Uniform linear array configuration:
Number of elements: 64
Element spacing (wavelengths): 0.5
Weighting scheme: hann
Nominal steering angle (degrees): -60
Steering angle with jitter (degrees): -58.939
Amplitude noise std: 0.05
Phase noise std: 0.05

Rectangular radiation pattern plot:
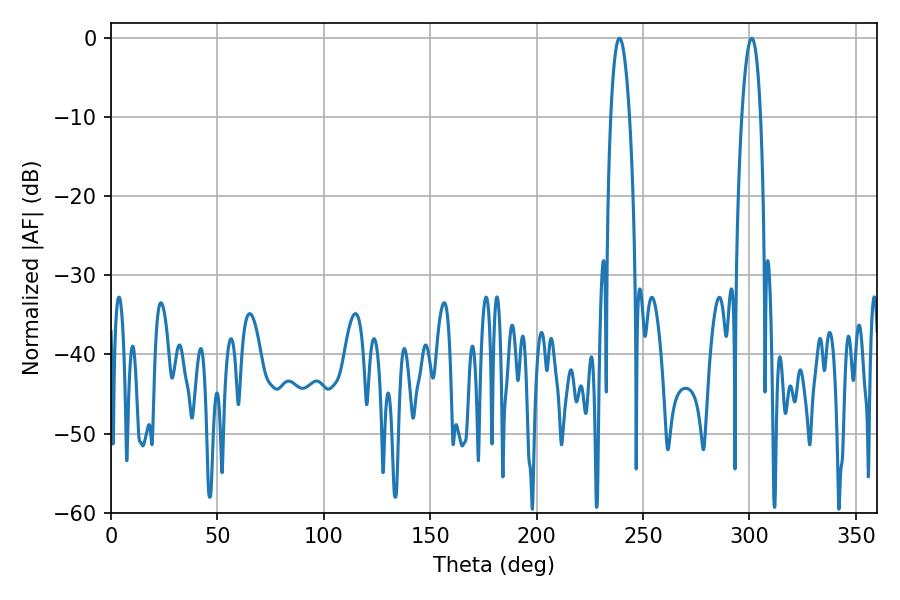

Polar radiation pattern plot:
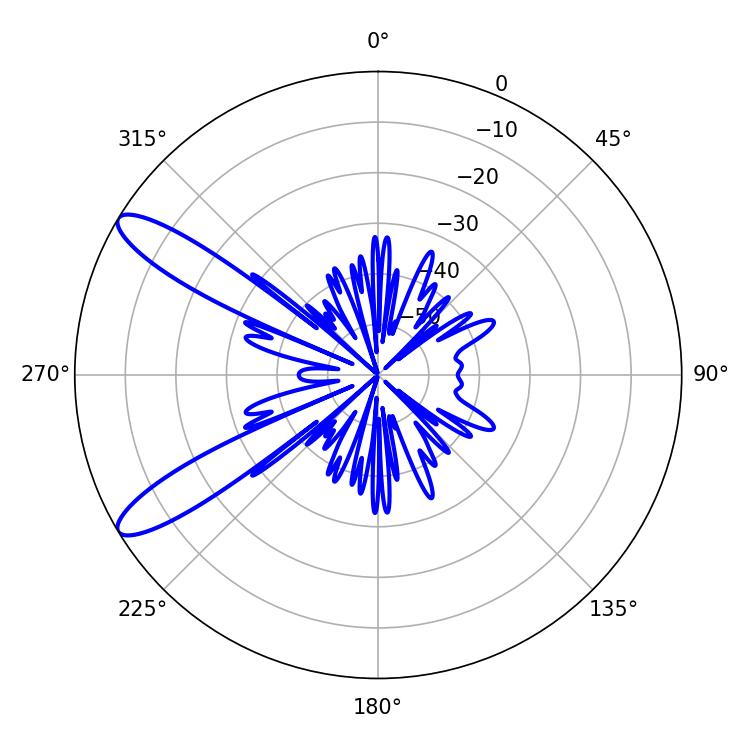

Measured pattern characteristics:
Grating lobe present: FALSE
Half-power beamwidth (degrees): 4.86
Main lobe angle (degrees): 301.14